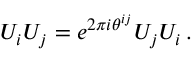
U _ { i } U _ { j } = e ^ { 2 \pi i \theta ^ { i j } } U _ { j } U _ { i } \, .